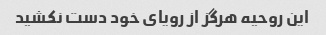
این روحیه هرگز از رویای خود دست نکشید